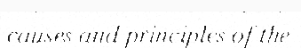
causes and principles of the